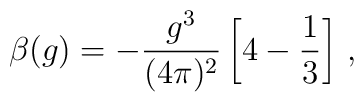
\beta(g)=-\frac{g^3}{(4\pi)^2}\left[4-\frac13\right]\,,